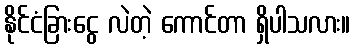
နိုင်ငံခြားငွေ လဲတဲ့ ကောင်တာ ရှိပါသလား။